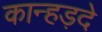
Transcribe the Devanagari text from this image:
कान्हड़दे